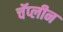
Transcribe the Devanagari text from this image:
चॅप्लीन